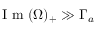
\textrm { I m } ( \Omega ) _ { + } \gg \Gamma _ { a }